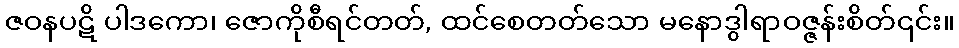
ဇဝနပဋိ ပါဒကော၊ ဇောကိုစီရင်တတ်, ထင်စေတတ်သော မနောဒွါရာဝဇ္ဇန်းစိတ်၎င်း။